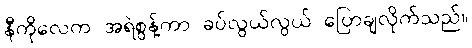
နီကိုလေက အရဲစွန့်ကာ ခပ်လွယ်လွယ် ပြောချလိုက်သည်။